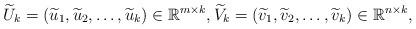
LaTeX: \begin{align*}\widetilde{U}_k = (\widetilde{u}_1, \widetilde{u}_2, \ldots,\widetilde{u}_k)\in\mathbb{R}^{m\times k},\widetilde{V}_k = (\widetilde{v}_1, \widetilde{v}_2, \ldots,\widetilde{v}_k)\in\mathbb{R}^{n\times k},\end{align*}